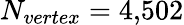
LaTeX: N_{vertex}=4{,}502